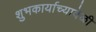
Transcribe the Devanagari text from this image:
शुभकार्याच्यावेळी